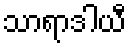
သာရာဒါယီ